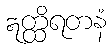
ဣတ္ထိရတနံ